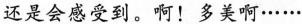
还是会感受到。啊！多美啊……